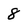
Character: 8